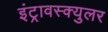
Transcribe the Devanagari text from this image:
इंट्रावस्क्युलर